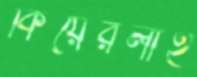
কিয়েরলাই